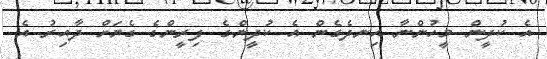
އެ ކުދީން މީހުންނާ އިނދެގެން އެ ކުދީންގެ ފިރީންގެ ގެޔަށް ދާއިރު އެ